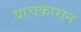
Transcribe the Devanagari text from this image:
याचकारान